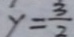
y = \frac { 3 } { 2 }